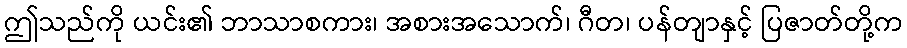
ဤသည်ကို ယင်း၏ ဘာသာစကား၊ အစားအသောက်၊ ဂီတ၊ ပန်တျာနှင့် ပြဇာတ်တို့က